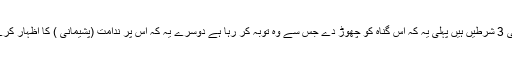
اگر گناہ کا تعلق اللہ تعالیٰ سے ہے تو ایسے گناہ سے توبہ کی قبولیت کی 3 شرطیں ہیں پہلی یہ کہ اس گناہ کو چھوڑ دے جس سے وہ توبہ کر رہا ہے دوسرے یہ کہ اس پر ندامت (پشیمانی ) کا اظہار کرے، تیسری یہ کہ وہ پختہ ارادہ کرے کہ آئندہ کبھی یہ گناہ نہیں کرے گا۔